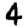
Digit: 4